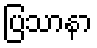
ပြသာနာ